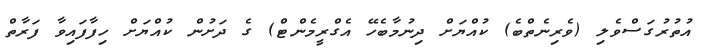
އުތުރުގަސްވެލި (ވެރިނެތްބެ) ކުއްޔަށް ދިނުމާބެހޭ އެގްރީމެންޓް) ގެ ދަށުން ކުއްޔަށް ހިފާފައިވާ ފަރާތް